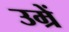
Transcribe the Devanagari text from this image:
उम्रें